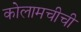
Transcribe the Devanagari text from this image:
कोलामचीची